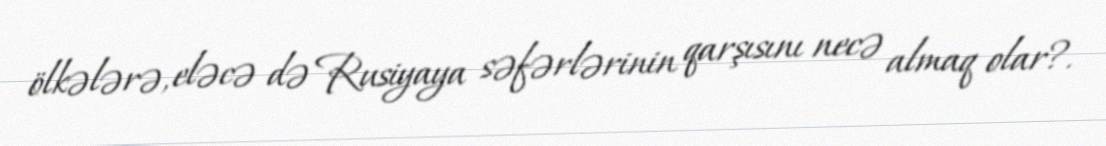
ölkələrə, eləcə də Rusiyaya səfərlərinin qarşısını necə almaq olar?.